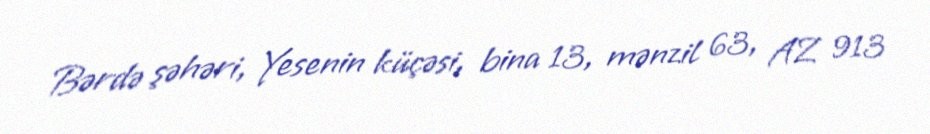
Bərdə şəhəri, Yesenin küçəsi, bina 13, mənzil 63, AZ 913